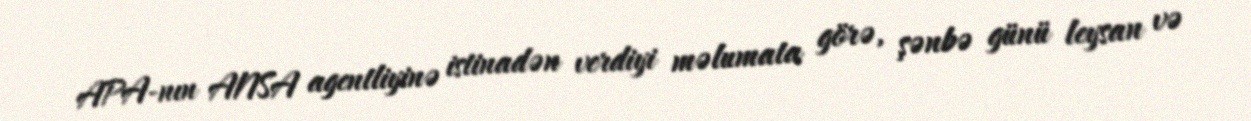
APA-nın ANSA agentliyinə istinadən verdiyi məlumata görə, şənbə günü leysan və